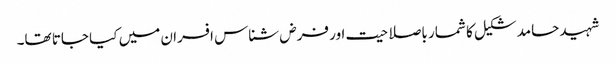
شہید حامد شکیل کا شمار باصلاحیت اور فرض شناس افسران میں کیا جاتا تھا۔